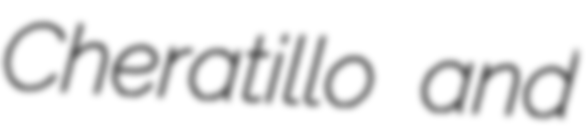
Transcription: Cheratillo and